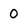
Character: 0